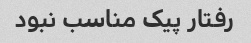
رفتار پیک مناسب نبود